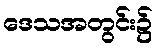
ဒေသအတွင်း၌